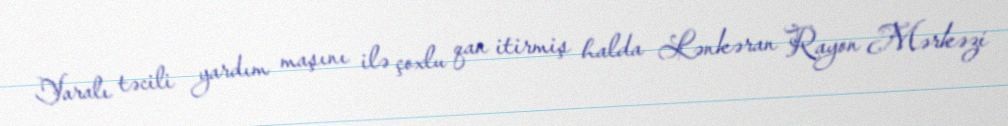
Yaralı təcili yardım maşını ilə çoxlu qan itirmiş halda Lənkəran Rayon Mərkəzi